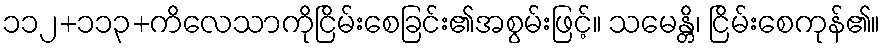
၁၁၂+၁၁၃+ကိလေသာကိုငြိမ်းစေခြင်း၏အစွမ်းဖြင့်။ သမေန္တိ၊ ငြိမ်းစေကုန်၏။